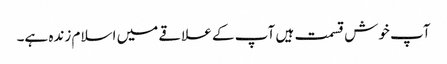
آپ خوش قسمت ہیں آپ کے علاقے میں اسلام زندہ ہے۔